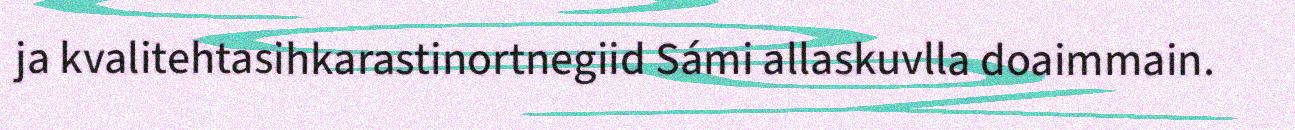
ja kvalitehtasihkarastinortnegiid Sámi allaskuvlla doaimmain.